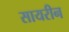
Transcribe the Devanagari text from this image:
सायरीन